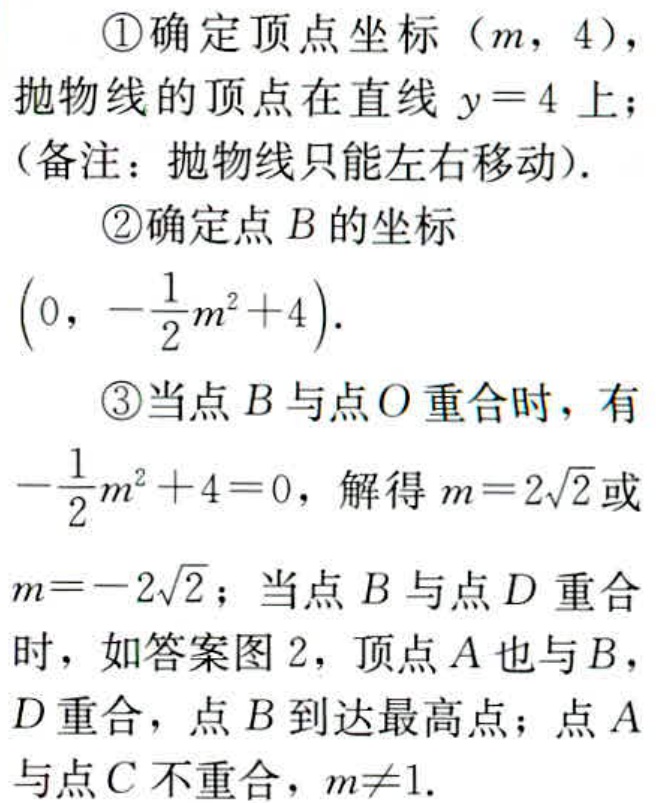
\textcircled{1}确定顶点坐标\((m,4)\)，
抛物线的顶点在直线\(y = 4\)上；
（备注：抛物线只能左右移动）.
\textcircled{2}确定点\(B\)的坐标
\(\left(0,-\frac{1}{2}m^{2}+4\right)\).
\textcircled{3}当点\(B\)与点\(O\)重合时，有
\(-\frac{1}{2}m^{2}+4 = 0\)，解得\(m = 2\sqrt{2}\)或
\(m=-2\sqrt{2}\)；当点\(B\)与点\(D\)重合
时，如答案图2，顶点\(A\)也与\(B\)，
\(D\)重合，点\(B\)到达最高点；点\(A\)
与点\(C\)不重合，\(m\neq1\).